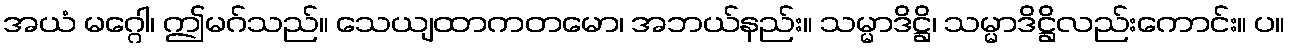
အယံ မဂ္ဂေါ၊ ဤမဂ်သည်။ သေယျထာကတမော၊ အဘယ်နည်း။ သမ္မာဒိဋ္ဌိ၊ သမ္မာဒိဋ္ဌိလည်းကောင်း။ ပ။